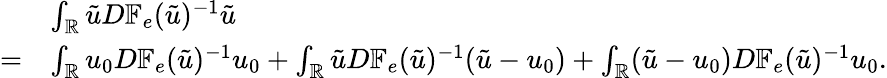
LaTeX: \begin{array}{rl}&{\int_{\mathbb{R}}\tilde{u}D\mathbb{F}_{e}(\tilde{u})^{-1}\tilde{u}}\\ {=}&{\int_{\mathbb{R}}u_{0}D\mathbb{F}_{e}(\tilde{u})^{-1}u_{0}+\int_{\mathbb{R}}\tilde{u}D\mathbb{F}_{e}(\tilde{u})^{-1}(\tilde{u}-u_{0})+\int_{\mathbb{R}}(\tilde{u}-u_{0})D\mathbb{F}_{e}(\tilde{u})^{-1}u_{0}.}\end{array}